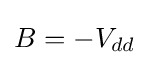
\,\!B=-V_{dd}